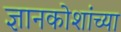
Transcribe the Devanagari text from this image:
ज्ञानकोशांच्या